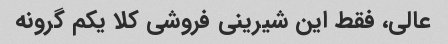
عالی، فقط این شیرینی فروشی کلا یکم گرونه